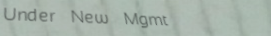
Under New Mgmt